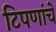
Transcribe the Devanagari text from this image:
टिपणांचे